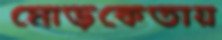
মোড়কেতায়